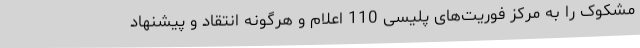
مشکوک را به مرکز فوریت‌های پلیسی 110 اعلام و هرگونه انتقاد و پیشنهاد